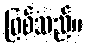
ဖြစ်သည်။